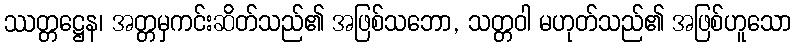
ဿတ္တဋ္ဌေန၊ အတ္တမှကင်းဆိတ်သည်၏ အဖြစ်သဘော, သတ္တဝါ မဟုတ်သည်၏ အဖြစ်ဟူသော